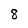
Character: 8